Vaccination in Bombay 1902-1912 - 1902-1912
Year: 1902
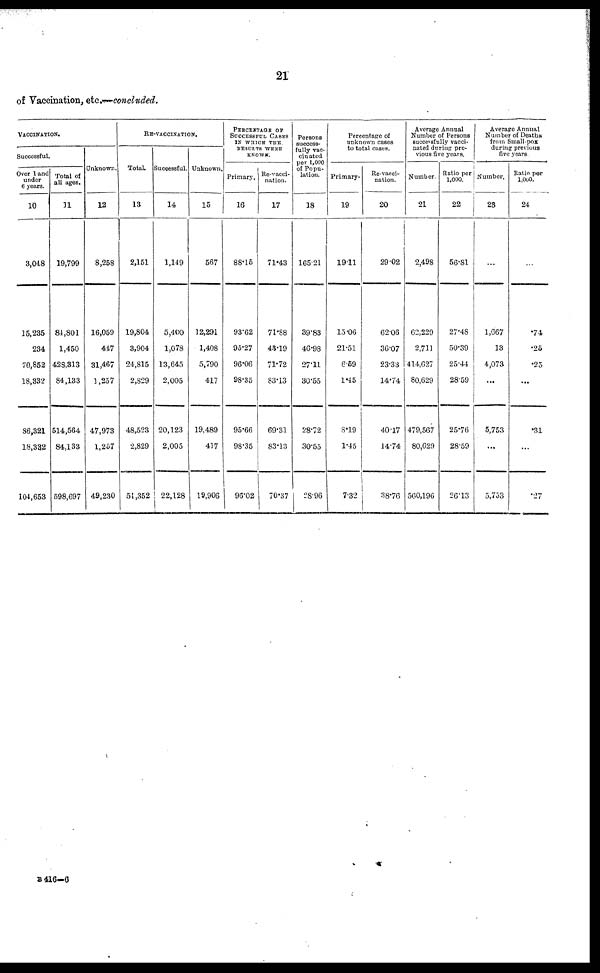
21
of Vaccination, etc.— concluded.
VACCINATION.
Successful.
Over 1 and
under
6 years.
10
3,048
15,235
234
70,852
18,332
86,321
18,332
104,653
Total of
all ages.
11
19,799
84,801
1,450
428,313
84,133
514,564
84,133
598,697
Unknown.
12
8,258
16,059
447
31,467
1,257
47,973
1,257
49,230
RE-VACCINATION.
Total.
13
2,151
19,804
3,904
24,815
2,829
48,523
2,829
51,352
Successful.
14
1,149
5,400
1,078
13,645
2,005
20,123
2,005
22,128
Unknown.
15
567
12,291
1,408
5,790
417
19,489
417
19,906
PERCENTAGE OF
SUCCESSFUL CASES
IN WHICH THE
RESULTS WERE
KNOWN.
Primary.
16
88.15
93.62
95.27
96.06
98.35
95.66
98.35
96.02
Re-vacci-
nation.
17
71.43
71.88
43.19
71.72
83.13
69.31
83.13
70.37
Persons
success-
fully vac-
cinated
per 1,000
of Popu-
lation.
18
165.21
39.83
46.98
27.11
30.55
28.72
30.55
28.96
Percentage of
unknown cases
to total cases.
Primary.
19
19.11
15.06
21.51
6.59
1.45
8.19
1.45
7.32
Re-vacci-
nation.
20
29.02
62.06
36.07
23.33
14.74
40.17
14.74
38.76
Average Annual
Number of Persons
successfully vacci-
nated during pre-
vious five years.
Number.
21
2,498
62,229
2,711
414,627
80,629
479,567
80,629
560,196
Ratio per
1,000.
22
56.81
27.48
50.39
25.44
28.59
25.76
28.59
26.13
Average Annual
Number of Deaths
from Small-pox
during previous
five years.
Number.
23
...
1,667
13
4,073
...
5,753
...
5,753
Ratio per
1,000.
24
...
.74
.25
.25
...
.31
...
.27
B 416—6